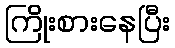
ကြိုးစားနေပြီး